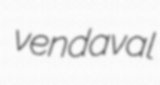
vendaval